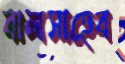
বালসাহেব